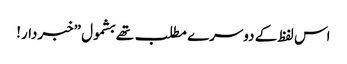
اس لفظ کے دوسرے مطلب تھے بشمول ”خبردار!